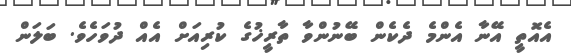
އެއޮތީ އޭނާ އެންމެ ދެކެން ބޭނުންވާ ތާރީޚުގެ ކުރިއަށް އެއް ދުވަހެވެ. ބަލަން